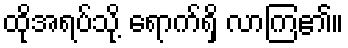
ထိုအရပ်သို့ ရောက်ရှိ လာကြ၏။